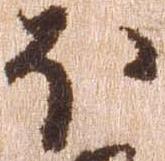
ふ